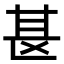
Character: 𫞪